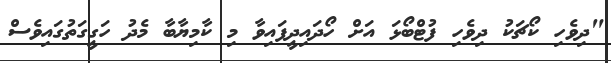
"ދިވެހި ކޯޗަކު ދިވެހި ފުޓްބޯޅަ އަށް ހޯދައިދީފައިވާ މި ކާމިޔާބާ މެދު ހަގީގަތުގައިވެސް